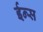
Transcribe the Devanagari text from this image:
ईन्स